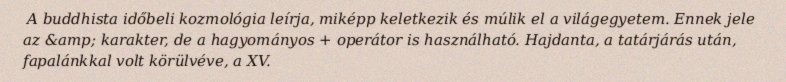
A buddhista időbeli kozmológia leírja, miképp keletkezik és múlik el a világegyetem. Ennek jele az &amp; karakter, de a hagyományos + operátor is használható. Hajdanta, a tatárjárás után, fapalánkkal volt körülvéve, a XV.